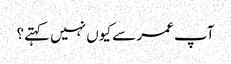
آپ عمر سے کیوں نہیں کہتے؟